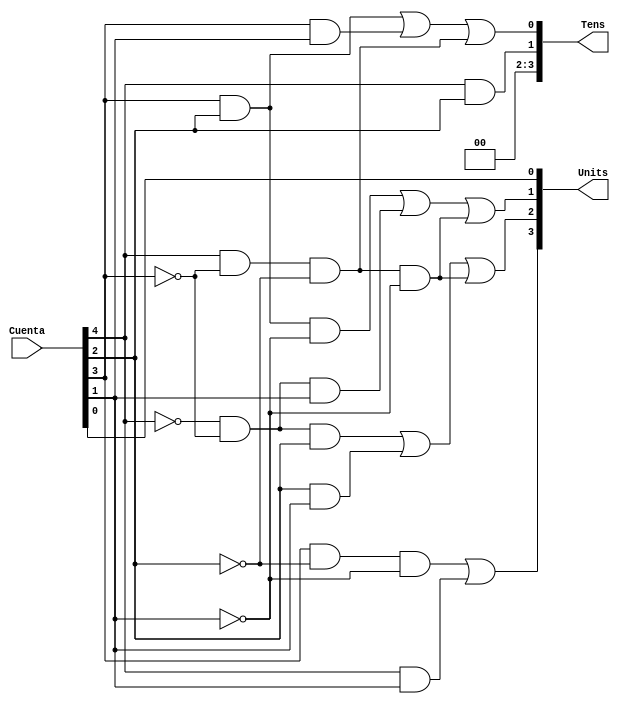
`timescale 1ns / 1ps
//////////////////////////////////////////////////////////////////////////////////
// Company: 
// Engineer: 
// 
// Design Name: 
// Module Name: Traductor_BCD
// Project Name: 
// Target Devices: 
// Tool Versions: 
// Description: 
// 
// Dependencies: 
// 
// Revision:
// Revision 0.01 - File Created
// Additional Comments:
// 
//////////////////////////////////////////////////////////////////////////////////


module Traductor_BCD(
    input [4:0] Cuenta,
    output [3:0] Tens, Units
    );
    
    wire and_Rep;
    assign and_Rep = Cuenta[4] & ~Cuenta[3] & ~Cuenta[2] & ~Cuenta[1];
    
    assign Tens[3] = 2'b0;
    assign Tens[2] = 2'b0;
    assign Tens[1] = Cuenta[4] & Cuenta[2];
    assign Tens[0] = (Cuenta[3] & Cuenta[2]) | (Cuenta[3] & Cuenta[1]) | (Cuenta[4] & ~Cuenta[3] & ~Cuenta[2]);
    
    assign Units[3] = (Cuenta[3] & ~Cuenta[2] & ~Cuenta[1]) | (Cuenta[4] & Cuenta[1]);
    assign Units[2] = (~Cuenta[4] & ~Cuenta[3] & Cuenta[2]) | (Cuenta[2] & Cuenta[1]) | and_Rep;
    assign Units[1] = (Cuenta[3] & Cuenta[2] & ~Cuenta[1]) | (~Cuenta[4] & ~Cuenta[3] & Cuenta[1]) | and_Rep;
    assign Units[0] = Cuenta[0];
    
endmodule